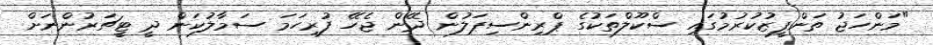
"މަންހަޖު ތަންފީޒުކުރުމުގައި ސްކޫލްތަކުގެ ޕްރިންސިޕަލުން ދޭން ޖެހޭ ފުރިހަމަ ސަމާލުކަން ދީ ޓީޗަރުންނަށް